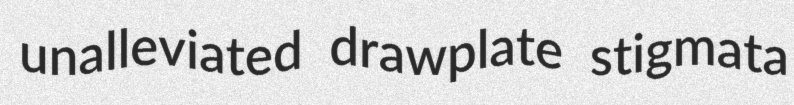
unalleviated drawplate stigmata